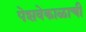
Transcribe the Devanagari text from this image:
पेशवेकाळाची